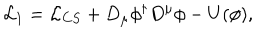
{ \cal L } _ { 1 } = { \cal L } _ { C S } + D _ { \mu } \phi ^ { \dagger } D ^ { \mu } \phi - U ( \phi ) ,